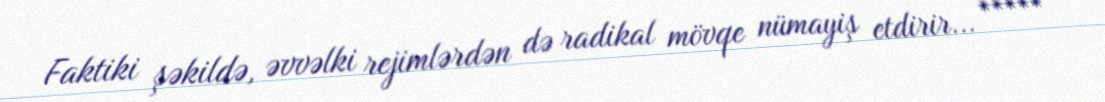
Faktiki şəkildə, əvvəlki rejimlərdən də radikal mövqe nümayiş etdirir... *****